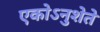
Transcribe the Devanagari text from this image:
एकोऽनुशेते